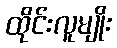
ထိုင်းလူမျိုး